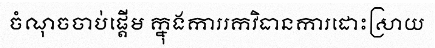
ចំណុចចាប់ផ្តើម ក្នុងការរកវិធានការដោះស្រាយ